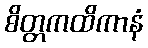
စိတ္တကထိကာနံ